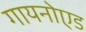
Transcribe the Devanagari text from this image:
गायनोएड